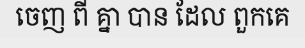
ចេញ ពី គ្នា បាន ដែល ពួកគេ